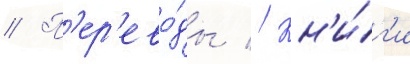
// П'ер'ево́ды // Кн'и́г'и